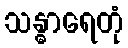
သန္ဓာရေတုံ